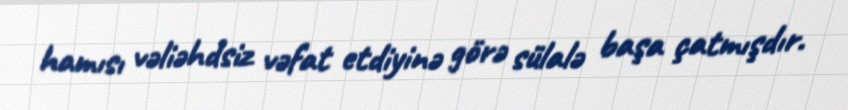
hamısı vəliəhdsiz vəfat etdiyinə görə sülalə başa çatmışdır.